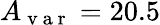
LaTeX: A_{\mathrm{~v~a~r~}}=20.5